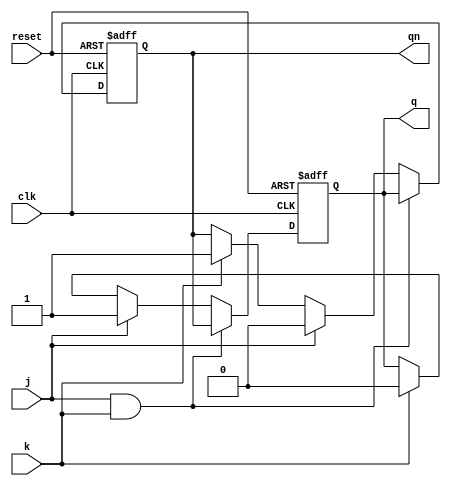
module jk_ff_beh(q,qn,j,k,clk,reset);
input j,k, clk, reset;
    output reg q,qn;
   always @(posedge clk or posedge reset) begin
        if (reset) begin
            q <= 0;
            qn <= 0;
        end
         else begin
            if (j && k) begin
                q <= qn;
                qn <= q;
            end 
            else if (j) begin
                q <= 1;
                qn <= 0;
            end 
            else if (k) 
            begin
                q <= 0;
                qn <= 1;
            end
        end
    end
endmodule